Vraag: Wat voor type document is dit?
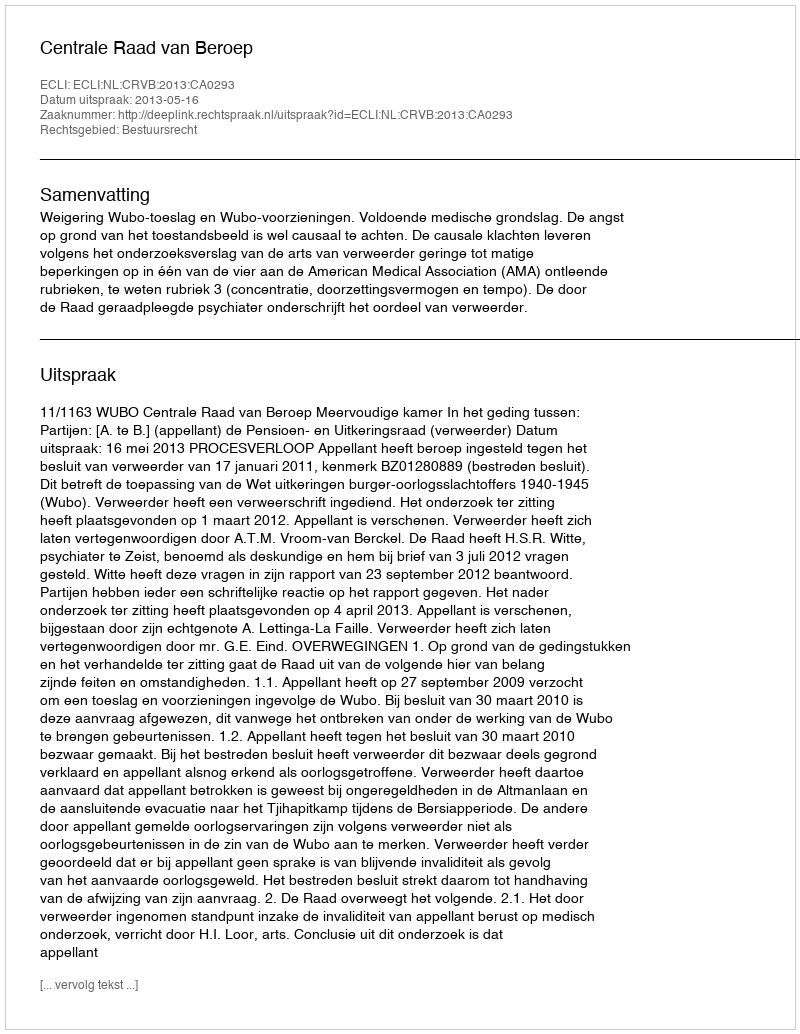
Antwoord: Uitspraak